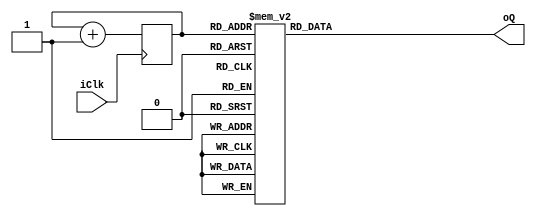
module JRC (
input iClk, //reloj
output reg [3:0]oQ = 4'b0000 //salida empezando del ltimo estado
);

//registros declarados
reg [2:0] rCounter_Q = 3'b111;
reg [2:0] rCounter_S = 3'b000;
reg [2:0] rClear_S = 3'b000;
reg [2:0] rClear_Q = 3'b000;

//bloque secuencial
always @ (posedge iClk)
begin
	rCounter_Q <= rCounter_S;	// contador no bloqueante
	rClear_S <= rClear_Q;		// reset del contador
end

//bloque combinacional
always @ *
begin
	rCounter_S = rCounter_Q + 1'b1;
	case ( rCounter_Q )
		3'd0 : oQ = 4'd0; //estado actual (0) - estado siguiente (1)
		3'd1 : oQ = 4'd8; //estado actual (1) - estado siguiente (2)
		3'd2 : oQ = 4'd12; //estado actual (2) - estado siguiente (3)
		3'd3 : oQ = 4'd14; //estado actual (3) - estado siguiente (4)
		3'd4 : oQ = 4'd15; //estado actual (4) - estado siguiente (5)
		3'd5 : oQ = 4'd7; //estado actual (5) - estado siguiente (6)
		3'd6 : oQ = 4'd3; //estado actual (6) - estado siguiente (7)
		3'd7 : oQ = 4'd1; //estado actual (7) - estado siguiente (0)
	endcase
end

endmodule